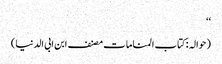
‘‘
(حوالہ :کتاب المناما ت مصنف ابن ابی الدنیا)